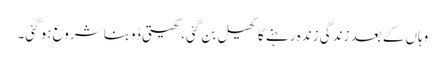
وہاں کے بعد زندگی زندہ رہنے کا کھیل بن گئی، کھیتی ڈوبنا شروع ہو گئی۔